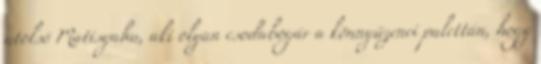
utolsó Matisyahu, aki olyan csodabogár a könnyűzenei palettán, hogy